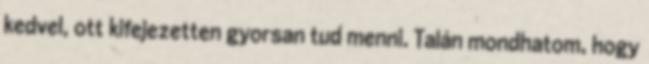
kedvel, ott kifejezetten gyorsan tud menni. Talán mondhatom, hogy